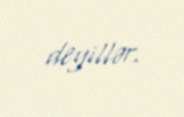
deyillər.